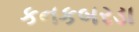
કનકબરડા